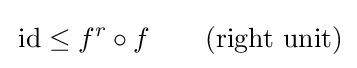
\,{\mbox{id}}\leq f^{r}\circ f\quad \ \ \ {\mbox{(right unit)}}